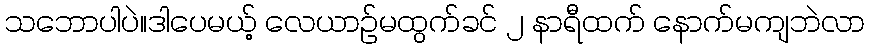
သဘောပါပဲ။ဒါပေမယ့် လေယာဉ်မထွက်ခင် ၂ နာရီထက် နောက်မကျဘဲလာ